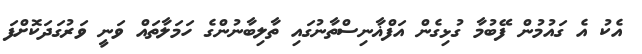
އެކު އެ ގައުމުން ފޭބުމާ ގުޅިގެން އަފްޣާނިސްތާނުގައި ތާލިބާނުންގެ ހަަމަލާތައް ވަނީ ވަރުގަދަކޮށްފަ